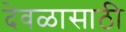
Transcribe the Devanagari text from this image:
देवळासाठी